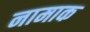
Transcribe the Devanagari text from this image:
नामाक